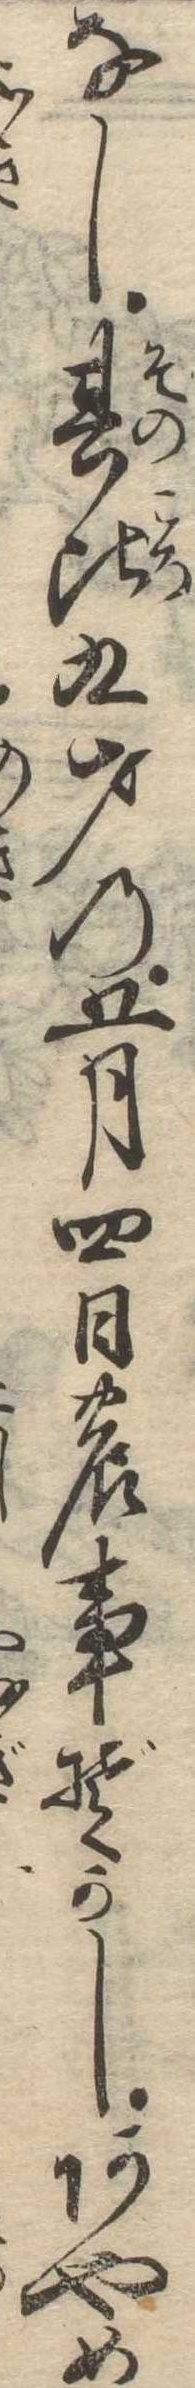
なし其比九才の五月四日の事ぞかしあやめ